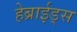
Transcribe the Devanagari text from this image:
हेब्राईड्स